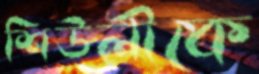
শিউলীকে